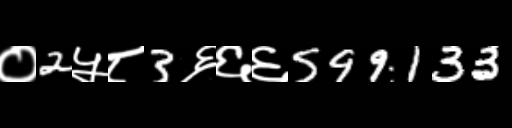
Text: ०2५८3६६६599133